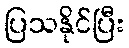
ပြသနိုင်ပြီး